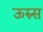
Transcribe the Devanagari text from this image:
ऊरुस